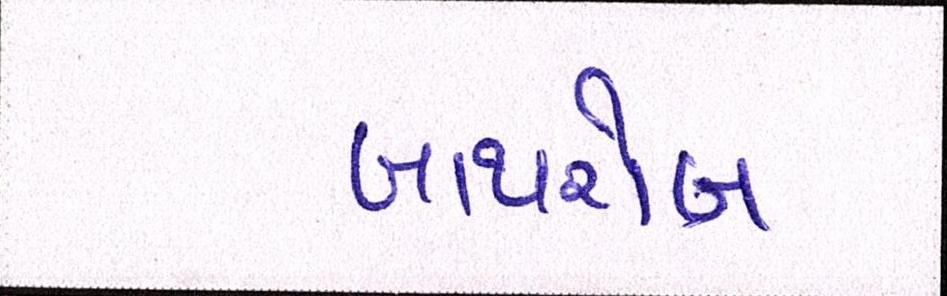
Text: બાથરોબ